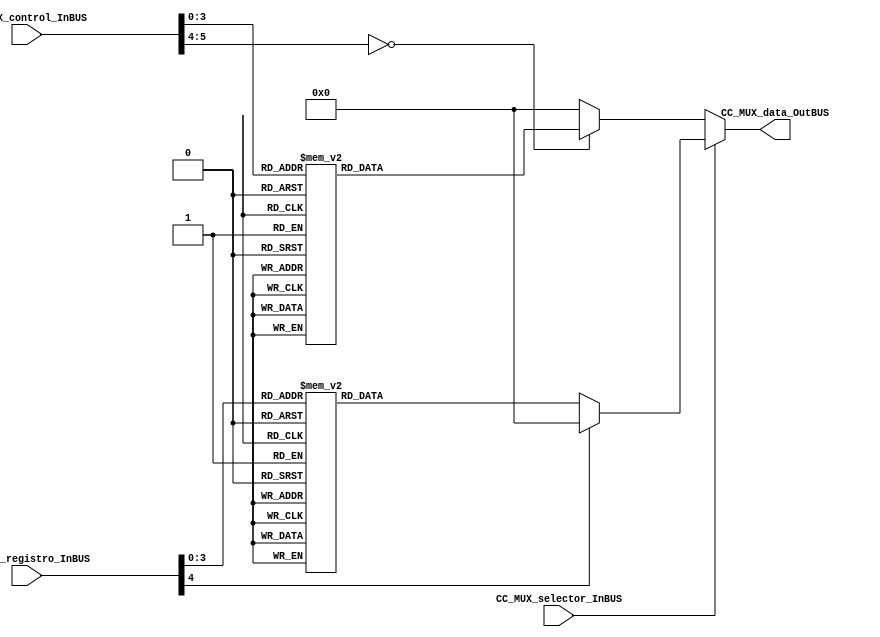
module CC_MUXX_BUS #(parameter DATAWIDTH_MUX_SELECTION_REG=5,parameter DATAWIDTH_MUX_SELECTION_CONTROL=6, parameter DATAWIDTH_BUS=4)(
	//////////// OUTPUTS //////////TH_B
	CC_MUX_data_OutBUS,
	//////////// INPUTS //////////
	CC_MUX_registro_InBUS,
	CC_MUX_control_InBUS,
	CC_MUX_selector_InBUS
);
//=======================================================
//  PARAMETER declarations
//=======================================================

//=======================================================
//  PORT declarations
//=======================================================
output reg	[DATAWIDTH_BUS-1:0] CC_MUX_data_OutBUS;
input			[DATAWIDTH_MUX_SELECTION_REG-1:0] CC_MUX_registro_InBUS;
input			[DATAWIDTH_MUX_SELECTION_CONTROL-1:0] CC_MUX_control_InBUS;
input		    CC_MUX_selector_InBUS;

//=======================================================
//  REG/WIRE declarations
//=======================================================

//=======================================================
//  Structural coding
//=======================================================
//INPUT LOGIC: COMBINATIONAL
always@(*)
begin
   if(CC_MUX_selector_InBUS==1'b0)
		case (CC_MUX_control_InBUS)	
		// Example to more outputs: WaitStart: begin sResetCounter = 0; sCuenteUP = 0; end
			6'b000000: CC_MUX_data_OutBUS = 4'b0000;
			6'b000001: CC_MUX_data_OutBUS = 4'b0001;
			6'b000010: CC_MUX_data_OutBUS = 4'b0010;
			6'b000011: CC_MUX_data_OutBUS = 4'b0011;
			6'b000100: CC_MUX_data_OutBUS = 4'b0100;
			6'b000101: CC_MUX_data_OutBUS = 4'b0101;
			6'b000110: CC_MUX_data_OutBUS = 4'b0110;
			6'b000111: CC_MUX_data_OutBUS = 4'b0111;	
			6'b001000: CC_MUX_data_OutBUS = 4'b1000;
			6'b001001: CC_MUX_data_OutBUS = 4'b1001;
			6'b001010: CC_MUX_data_OutBUS = 4'b1010;
			6'b001011: CC_MUX_data_OutBUS = 4'b1011;		
			default :   CC_MUX_data_OutBUS = 4'b0000; // channel 0 is selected 
		endcase
	else
		case (CC_MUX_registro_InBUS)	
			// Example to more outputs: WaitStart: begin sResetCounter = 0; sCuenteUP = 0; end
				5'b00000: CC_MUX_data_OutBUS = 4'b0000;
				5'b00001: CC_MUX_data_OutBUS = 4'b0001;
				5'b00010: CC_MUX_data_OutBUS = 4'b0010;
				5'b00011: CC_MUX_data_OutBUS = 4'b0011;
				5'b00100: CC_MUX_data_OutBUS = 4'b0100;
				5'b00101: CC_MUX_data_OutBUS = 4'b0101;
				5'b00110: CC_MUX_data_OutBUS = 4'b0110;
				5'b00111: CC_MUX_data_OutBUS = 4'b0111;	
				5'b01000: CC_MUX_data_OutBUS = 4'b1000;
				5'b01001: CC_MUX_data_OutBUS = 4'b1001;
				5'b01010: CC_MUX_data_OutBUS = 4'b1010;
				5'b01011: CC_MUX_data_OutBUS = 4'b1011;		
				default :   CC_MUX_data_OutBUS = 4'b0000; // channel 0 is selected 
			endcase
end
//=======================================================
//  Outputs
//=======================================================
// OUTPUT LOGIC : COMBINATIONAL

endmodule